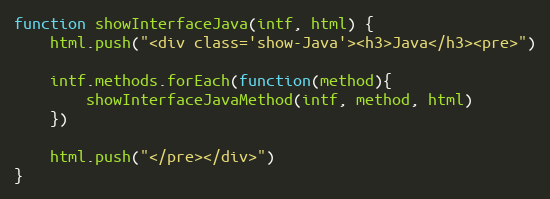
Language: JavaScript
function showInterfaceJava(intf, html) {
    html.push("<div class='show-Java'><h3>Java</h3><pre>")

    intf.methods.forEach(function(method){
        showInterfaceJavaMethod(intf, method, html)
    })

    html.push("</pre></div>")
}